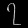
Digit: ၇